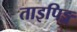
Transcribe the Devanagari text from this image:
ताइपिङ्ग